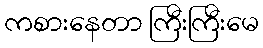
ကစားနေတာ ကြီးကြီးမေ